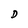
Character: D